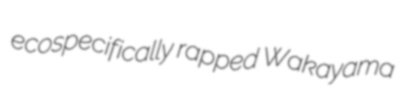
ecospecifically rapped Wakayama